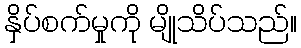
နှိပ်စက်မှုကို မျိုသိပ်သည်။